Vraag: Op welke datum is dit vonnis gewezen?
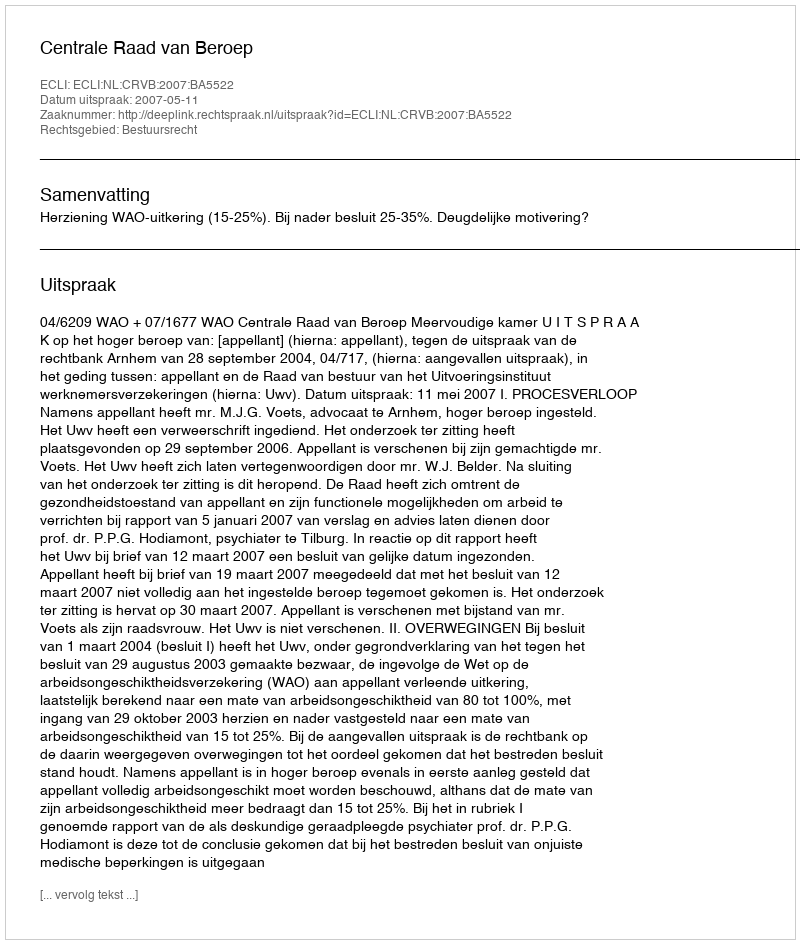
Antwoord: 2007-05-11